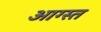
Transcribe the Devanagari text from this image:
आग्स्त